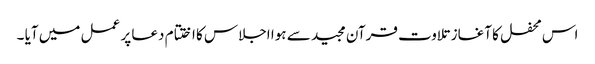
اس محفل کا آغاز تلاوت قرآن مجید سے ہوا اجلاس کا اختتام دعا پر عمل میں آیا ۔